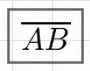
\overline{AB}